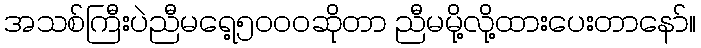
အသစ်ကြီးပဲညီမရေ့၅၀၀၀ဆိုတာ ညီမမို့လို့ထားပေးတာနော်။